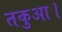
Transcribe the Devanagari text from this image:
तकुआ।